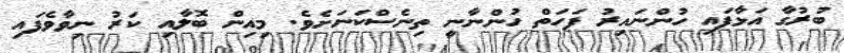
ބުރުގާ އަޅާފައި ހުންނައިރު ފަހަތް ހުންނާނީ ތިނެސްކަނަށެވެ. މިއިން ބޮލާއި ކަރު ނިވާވެފައި